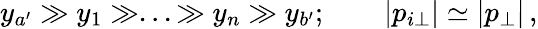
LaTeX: y_{a^{\prime}}\gg y_{1}\gg...\gg y_{n}\gg y_{b^{\prime}};\qquad|p_{i\perp}|\simeq|p_{\perp}|\, ,